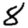
Digit: 8